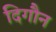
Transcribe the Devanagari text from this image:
दिगौन